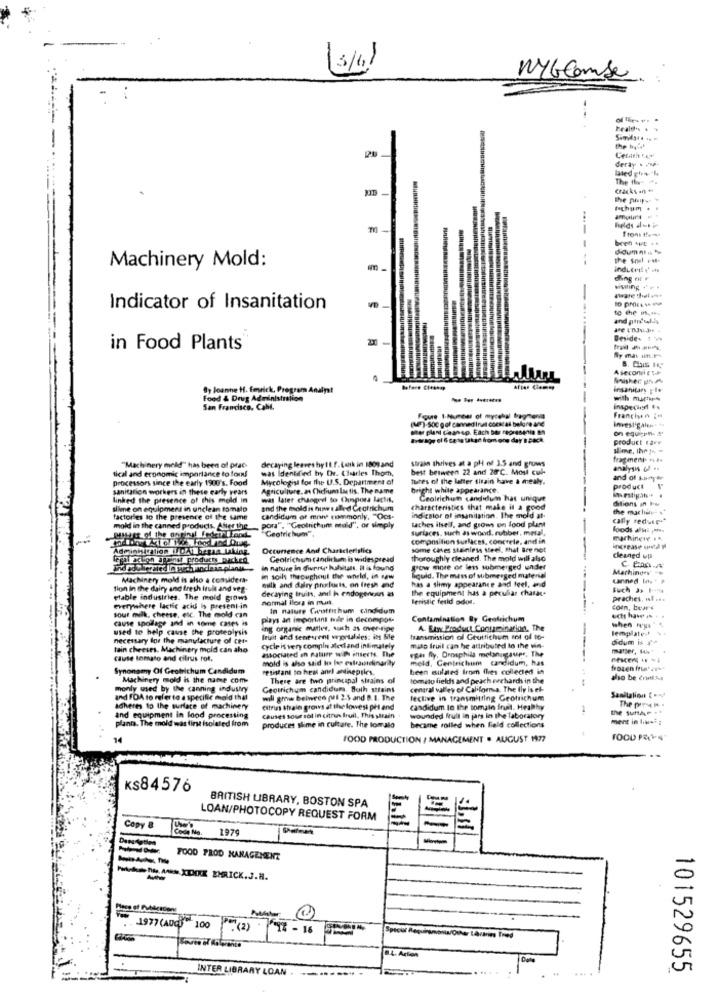
3/4/
WYGComse
deray .
The the- ifs
the pup .. .
Ichum . .
helds al-t
I toni theiss
Machinery Mold:
the soul vet-
ding ner
Aware that she+
Indicator of Insanitation
and popul.4
Beside- 1
in Food Plants
A seconie ul
By Joanne H. Emrick, Program Analyt
insanitary ple
Food & Drug Administration
--
with martin
San Francisco, Caht.
Investigalen= tu
Francin ;
mar plant cleanup. Each bar represenis BN
on equipon- &
product tare
slime, the t- "
decaying leaves by11.f.tank in isogand
strain thrives at a pH of 3.5 and grows
fragment- . ..
tical and economic importance to lous
"Machinery meld" has been of prac-
was Identified hy Dr. Charles Thom,
best between 22 and 28℃. Mos cul-
analysis ( .
processors since the early 1900's. Food
Mycologist for the U.S. Department of
tures of the latter sirain have a mealy.
and of kartyte
sanitarion workers in these early years
Agriculture, as Clicfiuma Lac tis, The name
bright white appearance.
product
linked the presence of this mold in
was later changed to Ouspora lactis.
Ceolrichum candidum has unique
Sitions in PM
slime on equipment in unclean tomato
and the mold is now e alled Ctotrichum
characteristics that make it a good
the machun- "
factories to the presence of the same
candidum ot mnie commonly, "Oos-
taches itsell, and grows on food plant
indicator of insanitation. The mold at-
cally reduip .*
mold in the canned products. After the
pora", "Geolrichuns mald", or simply
Geotrichum".
surlaces, such as wood, rubber, metal,
foods alti ,at
composition surfaces, concrete, and in
machingy . .
Administration 17041 horas taking
Occurence And Characteristics
some cases stainless steel, that are not
------
legal action against products backed
Geolrichum tandirkem is widespread
thoroughly cleaned. The mold will also
cleaned upl
in nature in Ciuprop hulsitats. It is found
pow more or less submerged under
Marhinder
Machinery mold is also . considera-
in soils throughout the world, in new
mulh and dairy philustt, on fresh and
liquid. The mess of submerged material
has a slimy appearance and feel, and
Canned In." >
tion in the dairy and fresh fruit and veg-
decaying fruits, and h endogencaus as
the equipment has a peculiar charac-
Buch & 1-
etable industries. The mold grows
normal Ilora in must.
Beristic ferid odol.
praches, ul ...
everywhere lactic acid Is present-in
sour milk, cheese, etc. The mold can
In nature Centrithum cindidum
comm, bear's
cause spollage and in some cases is
plays an important hole in decompos-
Contamination By Geotrichum
used to help cause the proteolysis
ing organic matter, such as over-tipe
A. Etw Product Contamination, The
when weus 5
lemplate %.
necessary for the manufacture of cer-
fruit and senescent veyortalales: its file
transmission of Gouttichum sot of to-
--
dum is
tain cheeses. Machinery mold can aho
Cycle is very compin derand intimately
egas fiy, Ornaphila melaniaupr, The
muo fruit can be attributed to the vin-
matser, 1%"
Cause tomato and citrus rot.
mold is also said lo he extraordinarily
meld. Gentrichum candidum, has
Synonamy Of Geotrichum Candidum
resistant to hell and) andinepties.
been sulsted from (les collected in
frozen frugt 2%
Machinery mold is the name com-
There are two principal strains of
tomato fields and peach orchards in the
also be criti ha
monly used by the canning industry
Geotrichum candidum, Both strains
central valley of California. The Ily is el-
and FDA to refer to a specific mold that
will grow beiwren (Mf 2-5 and 8.1. The
leclive in transmitting Geotrichum
Samilalion ( und
adheres to the surface of machinery
citrin shain grows at the lowest ph and
candidum lo the tomain fruit. Healthy
The py
planta. The mold was first isolated from
and equipment in lood processing
Causes sous sol in citron fruit. This strain
wounded frull in jars in the laboratory
ment in last ;
produces slime in culture. The lomalo
became rolled when field collections
14
FOOD PRODUCTION / MANAGEMENT . AUGUST 1977
1000 PRies
ks84576
BRITISH LIBRARY, BOSTON SPA
LOAN/PHOTOCOPY REQUEST FORM
Copy &
COM. 1979
FOOD PROD MANAGEMENT
Mikedes nos AARS XDMIKE EMRICK.J.H.
1977 (ADC) 100
(2)
14 - 16
TSouses of As lerento
8.4. Action
....
101529655
INTER LIBRARY LOAN .------ -